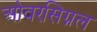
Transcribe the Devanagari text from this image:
ओवरसिग्नल